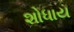
શોધાય